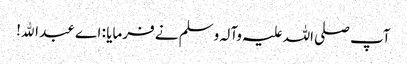
آپ صلی اللہ علیہ وآلہ وسلم نے فرمایا : اے عبد اﷲ!